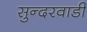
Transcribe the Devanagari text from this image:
सुन्दरवाडी